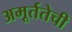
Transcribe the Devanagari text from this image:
अमूर्ततेची